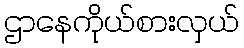
ဌာနေကိုယ်စားလှယ်